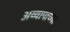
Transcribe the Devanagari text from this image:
अय्यापाच्या